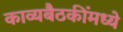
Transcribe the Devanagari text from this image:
काव्यबैठकींमध्ये